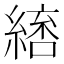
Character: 𮈷